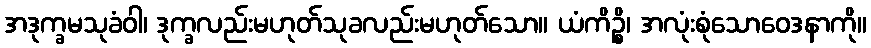
အဒုက္ခမသုခံဝါ၊ ဒုက္ခလည်းမဟုတ်သုခလည်းမဟုတ်သော။ ယံကိဉ္စိ၊ အလုံးစုံသောဝေဒနာကို။